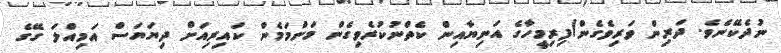
ނުދެކޭނެވެ. ދަރިން ވަރިވެގެން/ފިރިމީހާގެ އަނިޔާއިން ކެތްނުކުރެވިގެން މަންމަމެން ކައިރިއަށް ދިޔަޔަސް އަމިއްލަ ގޭގެ